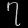
Digit: ၇